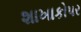
શાખાકો૫ર